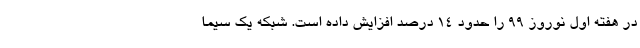
در هفته اول نوروز 99 را حدود 14 درصد افزایش داده است. شبکه یک سیما